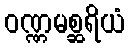
ဝဏ္ဏမစ္ဆရိယံ